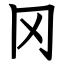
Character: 冈